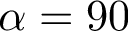
\alpha = 9 0